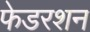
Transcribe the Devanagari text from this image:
फेडरशन